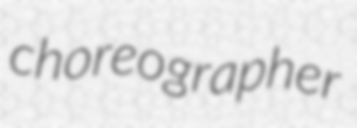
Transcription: choreographer